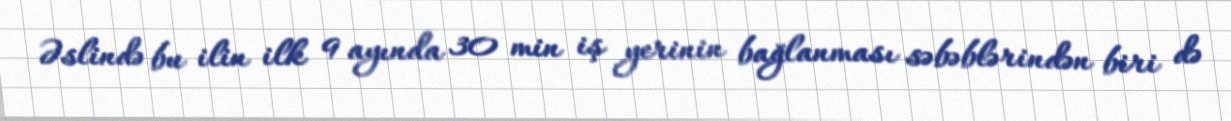
Əslində bu ilin ilk 9 ayında 30 min iş yerinin bağlanması səbəblərindən biri də